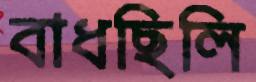
বাধছিলি